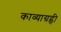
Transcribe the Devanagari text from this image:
काव्याग्रह्ची